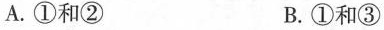
A.①和② B.①和③